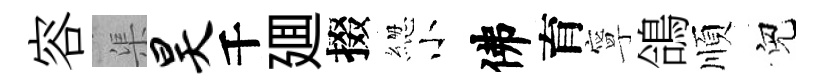
容渠昊千廽掇緫小佛育寧鴿順兒